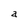
Character: a